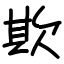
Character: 欺